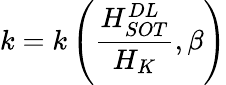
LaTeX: k=k\left(\frac{H_{SOT}^{DL}}{H_{K}},\beta\right)